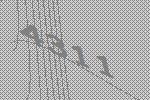
4311